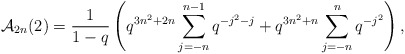
\begin{align*} \mathcal{A}_{2n}(2) = \frac{1}{1-q}\left(q^{3n^2+2n}\sum_{j=-n}^{n-1}q^{-j^2-j} + q^{3n^2+n}\sum_{j=-n}^{n} q^{-j^2}\right),\end{align*}